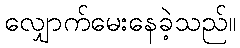
လျှောက်မေးနေခဲ့သည်။